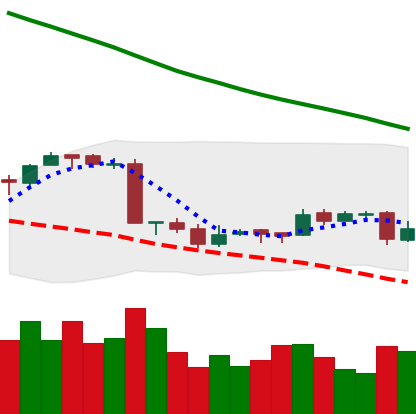
Ticker: EOS-USD
Chart end date: 2018-09-18
Forward return: 18.049%
Label: up_7plus